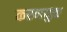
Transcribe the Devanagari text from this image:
करणयुक्त